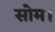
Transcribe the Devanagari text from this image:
सोम।